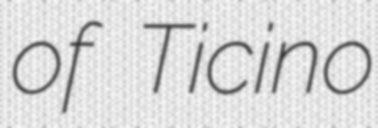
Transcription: of Ticino